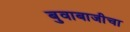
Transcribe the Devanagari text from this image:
बुवाबाजीचा